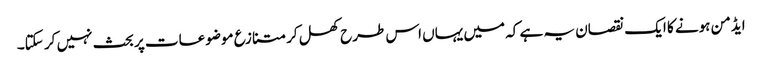
ایڈمن ہونے کا ایک نقصان یہ ہے کہ میں یہاں اس طرح کھل کر متنازع موضوعات پر بحث نہیں کر سکتا۔